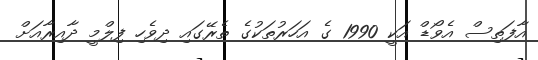
އާފަތިސް އެވޯޑް އަކީ 1990 ގެ އަހަރުތަކުގެ ތެރޭގައި ދިވެހި ފިލްމީ ދާއިރާއަށް